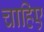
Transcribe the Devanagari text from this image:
चाहिए